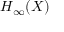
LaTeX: H _ { \infty } ( X )